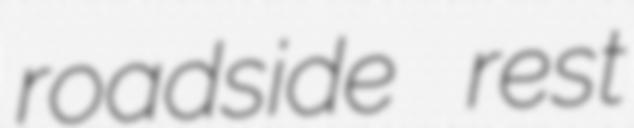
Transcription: roadside rest